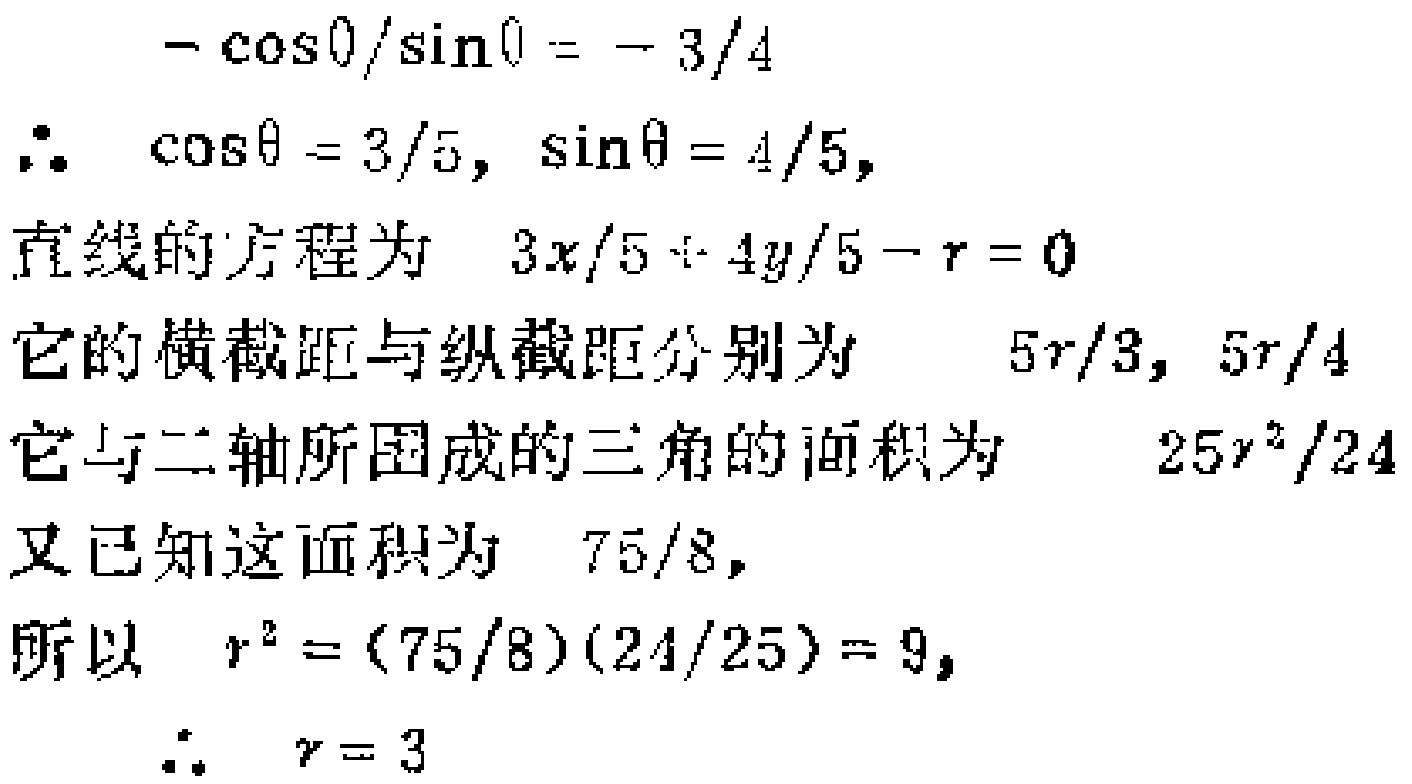
\[

\begin{align*}

-\cos\theta/\sin\theta&=-3/4\\

\therefore \cos\theta&=3/5, \sin\theta = 4/5,\\

\end{align*}

\]

直线的方程为 \(3x/5 + 4y/5 - r = 0\)

它的横截距与纵截距分别为 \(5r/3, 5r/4\)

它与二轴所围成的三角的面积为 \(25r^{2}/24\)

又已知这面积为 \(75/8,\)

所以 \(r^{2}=(75/8)(24/25)=9,\)

\(\therefore r = 3\)